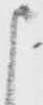
申